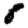
Digit: 8